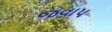
જવાપ